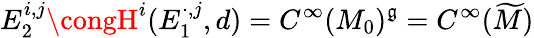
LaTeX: E_{2}^{i,j}\congH^{i}(E_{1}^{\cdot,j},d)=C^{\infty}(M_{0})^{\mathfrak{g}}=C^{\infty}({\widetilde{{M}}})